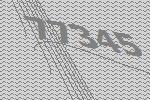
77345